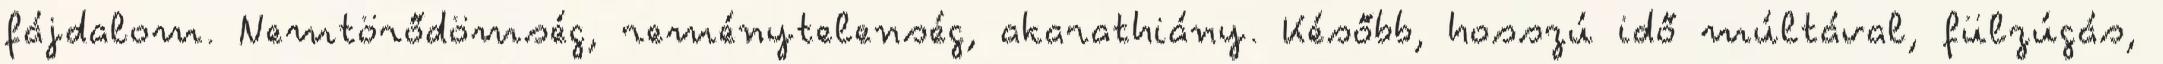
fájdalom. Nemtörődömség, reménytelenség, akarathiány. Később, hosszú idő múltával, fülzúgás,